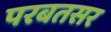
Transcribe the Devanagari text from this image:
परबतसर